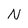
Character: N